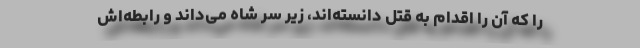
را که آن را اقدام به قتل دانسته‌اند، زیر سر شاه می‌داند و رابطه‌اش